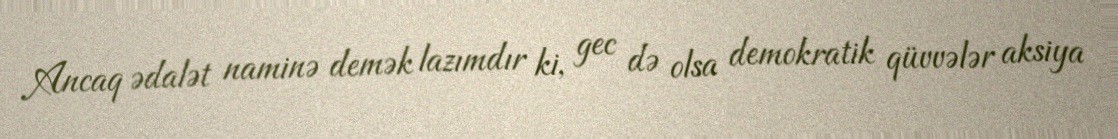
Ancaq ədalət naminə demək lazımdır ki, gec də olsa demokratik qüvvələr aksiya